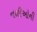
નળીઓની